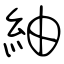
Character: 紬